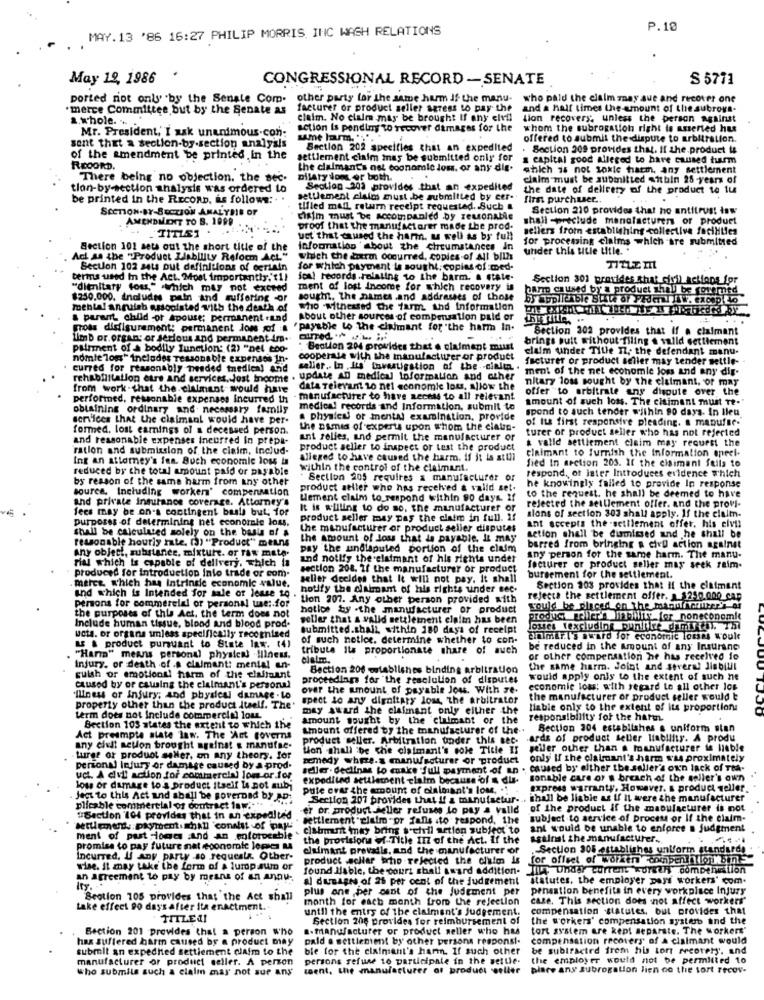
MAY. 13 '86 16:27 PHILIP MORRIS, INC WASH RELATIONS
P.10
May 19, 1986
CONGRESSIONAL RECORD - SENATE
S 5771
ported not only by the Senate Com. other party for the same hum if the manu-
who pald the claim may aue and recover one
merce Committee but by the Senate as facturer or product seller agress to pay the and a half times the amount of the subrovs-
claim. No claim may be brought If any elvil
Lion recovers. unless the person against
a.whole. ....
action Is pending to recover damages for the
whom the subrogation right is asserted hus
Mr. President,' I zak unanimous.con-
same larm ...
offered to submit the dispute to arbitration.
sent that a section-by-section analyals
Section 202 specifies that an expedited
Section 209 provides that. If the.product is
of the amendment be printed in the
settlement claim may be submitted only for s capital good alleged to have caused tuurm
RICOORD.
the claimant's not coonomic loss, or any dig.
which is not sokie harm, any settlement
There being no objection, the sec-
pilary sons or both.
claim must be submitted within 25 -years of
tion-by-section analysis was ordered to
Section 202 provides that an expedited
the date of delivery of the product to tu
be printed in the ReconD, as follows: .
settlement claims must .be submitted by eer-
first purchaser ..
SECTION-BY-SECTION ANALYSE OF
tilled mail return receipt requested. Such &
Section 210 provides that ho antitrust low
AMENDMENT TO B. 1999
cisim must be Accompanied by resonable
shall -preclude manufacturers of product
proof that the manufacturer made the prod-
sellers from establishing -collective facilities
TITLEI
vet that caused the harm. u well as by full
for processing claims which are submitted
Section 101 sets out the short title of the
information about the circumstances In
under this title title. .
Act as the "Product Liability Reform Act"
which the derm occurred, copies of All bills
Section 102 sets out definitions of certain
for which payment la sought, copies of med-
TITLE TIL
ceris used in the Act. Most importantly.'{1)
fca! records .relating to the barm. & state-
Section 301 provides that civil actions for
"dienitary fous," which may not exceed
ment of lost income for which recovery is
barm caused by' a product shall be formed
$250.000. inaludes pain and suffering cor
sought, The names .and addresses of those
by applicable State of Phdel liw. excep Llo
mental anguish associated with the death of
Who Witnessed the farm. And Information
& parent child of spouse; permanent .and
about other sources of compensation Dild or
cross disfigurement: permanent Jons of a 'payable to the claimant for "the harm in-
Section 302 provides that If a claimant
limb or. organ; or serious and permanent im.
airred. . ..... in
brings suit without filing . valld settlement
Pairment of a bodily function: (2) "nel eoo-
Bestion 204 provides that a claimant must
claim under Title TZ, the defendant manu-
nomie loss" includes Tessonable expenses In-
cooperate with the manufacturer or product
facturer or product seller may tender settle-
curred for reasonably needed tnedien! and
seller .. In . its' tavastigation of the-cinlin .
ment of the net economie loss and any dig.
rehabilitation etre and services. Jost income . update af medical loformation and other
mitary loss sought by the claimant, of may
from work that the claimant would have
data relevant to nel economie loss, allow the
offer "to arbitrate any dispute over the
performed, reasonable expenses Incurred th
manufacturer to have access to all relevant
amount of such loss. The citimant must Te."
obtaining ordinary and necessary family
medical records and Information, submit to
spond to auch tender within 90 days. In Ileu
services that the claimant would have per-
. physics of mental examination, provide
of Its first responsive pleading. a manufer-
formed, lost earnings of a decessed person.
the names of experts upon whom the clabin-
turer or product seller who has not rejerted
and reasonable expenses incurred In prepa-
ant relies, and permit the manufacturer or
a valid settlement claim may request the
ration and submission of the ciaim, Includ-
product seller to inspect or test the product
claimant to furnish the Information opeel.
Ing an attorney's fen. Buch economic loss in
alleged to have caused the harm. if it is still
Sied In section 203. If the claimani fails to
reduced by the total amount paid or payable
within the control of the claimant.
respond, of later Introduces evidence which
by reason of the same harm from any other
- Section 205 requires a manufacturer or
source. Including worken' compensation
product seller who has received & valld set.
he knowingly failed to provide In response
to the request. he shall be deemed to have
and private insurance coverage. Attorney's
Mement claim to respond within 90 days. 2!
fees may be on's contingent baals but for
It is willing to do so, the manufacturer or
rejected the setllement offer. and the provi-
purposes of determining net economie loss.
product seller may Das the claim in full. if
sions of section 303 shall apply. If the claim.
shall be calculated solely on the basis of a
the manufacturer or product seller disputes
ant accepts the .setilement offer, his elvis
setion shall be dismissed and he shall be
reasonable hourly rate. (3) "Product" means
the amount of loss that do payable, It may
pay the undisputed portion of the claim
barred from bringing a civil action against
any object, substance, mixture. or Tax mate.
rial which is capable of delivery, which is
and notify the claimant of his rights under
any person for the same harm. The manu-
section 208. If the manufacturer or product
facturer or product seller may seek raim.
produced for introduction info trade or com.
merce. which has Intrinsic economic value.
selier decides that It will not pay. it shall
bursement for the settlement.
notify the claimant of his rights under sec.
Section 303 provides that If the claimant
and which is Intended for sale or lease to.
Lion 207. Any other person provided with
rejects the settlement offer. a $250.000_cap
persona for sommerelal or personal use :. for
hotice by -the manufacturer of product
would be placed on the machineihr' ai
the purposes of this Act. the term does not
Include human tissue, blood and blood prod.
seller that a valid settlement claim has been
produc milerhanbility for noneconomie
submitted.shall, within 180 days of receipt
loses texcluding punlike !!! ). Th
ucta. or organs unless specifically recognised
of such notice. determine whether to con-
onmirl's award for economic losses would
As & product pursuant to State law. (4)
tribute Ils proportionate share of auch
be reduced in the Amount of any Insurane
"Han" means personal physical illness.
or other compensation he has received io
Injury. or death of a claimant: mental un-
Section 206 establishes binding arbitration
the same harm. Joint and several Jisbill
guish or emotions! harm of the claflaunt
proceedings for "the resolution of disputes
would apply only to the extent of such he
caused by or causing the claimant's personal
over the amount of payable Jou. With re-
economie loss: with regard to all other los
Iliness of Injury; and physical damage . to
spect lo any dignitaty los, the arbitrator
the manufacturer or product seller would t
property other than the product Itself. The'
may award the claimant only either the
liable only to the extent of Its proportions
TJJO
term does not Include commercial lou
amount sought by the claimant or the
responsibility for the harm
Bection 103 states the extent to which the
Amount offered by the manufacturer of the ..
Section 304 establishes s uniform stan
Act preampte state law. The Act Governs
product seller. Arbitration under this sec-
.ards of product seller liability. A produ
any civil action brought against & manufac.
Mon shall be the claimant's cole Title II
seller other than a manufacturer is liable
turer or product seHer, on any theory. for
zemedy where.a manufacturer or product
only If the claimant's harm was proximately
personal injury or damage caused by a prod.
seller. declinas to make "full payment of an . caused by either the seller's own lack of Tta-
uct. A civil action for commercial lon or for
expedited settlement claim because of s dis-
sonable care or a breach of the seller's own
loss or damage to s product itself Is not aubi
Pute over the amount of claimant's los. .!
express warranty. However. & product Teller
Jest to this Act and aball be governed by AD:
-Section 207 provides that If a manufactur- .. shall be liable as If It were the manufacturer
plicable commercial of contract law .**
er or. product jeller refuses to pay a valld
of the product If the manufacturer is not
"Section 104 provides that in an expedited
settlement claim "pr falls ito respond, the
subject to service of process or If the claim-
Settlener, phyment. Shall "consist of pall
ciabmanit may bring s civil action subject to
ant would be unable to enforce a judgment
ment of past lomas and an eoforbesble
the provisions of-Title IIZ of the Act. If the
astinat the manufacturer ..
promise to pay future nat economic lopes a
elaimant prevails, and the manufacturer of
Section 306 establishes uniform standards
incurred, If any party .so requesta. Other-
product sellar trho rejected the claim i
for offset of workin combeniillon bins
wise. it may take the form of A lump sum of
found Jable, the court shall award addition-
4 Under current workth pompeniition
an agreement to pay by means of an annu-
al durAges of 26 per cent of the judgement
statutes, the employer part workers' com.
Ity.
plus one per cent of the judement per
pensation benefits in every workplace Injury
Section 105 provides that the Act shall
month for each month from the rejection
case. This section does not affect workers'
take effect 90 days after Ita enactment ..
until the entry of the claimant's Judgement.
compensation statutes, bul provides that
TITLER!
Section 208 provides for reimbursement of
the workers' compensation systerb and the
Bection 201 provides that a person who
a.manufacturer or product seller who has
tort system are kept separate. The workers"
has suffered harm caused by a product may
pald a settlement by other persons responsi.
compensation recovers of a claimant would
submit an expedited settlement claim to the
ble for the claimant's hann. If such other
be subtracted frem his tort recovery, and
manufacturer or product seller. A perzon
persons refuse to participate in the settle-
the employer would not be permitted 10
Who submits such a claim may not sur any
went, the manufacturer at product weller
place any subrogation lien no the tort Trcov-